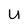
Character: U